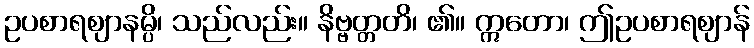
ဥပစာရဈာနမ္ပိ၊ သည်လည်း။ နိဗ္ဗတ္တတိ၊ ၏။ ဣတော၊ ဤဥပစာရဈာန်